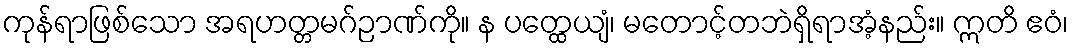
ကုန်ရာဖြစ်သော အရဟတ္တမဂ်ဉာဏ်ကို။ န ပတ္ထေယျံ၊ မတောင့်တဘဲရှိရာအံ့နည်း။ ဣတိ ဧဝံ၊